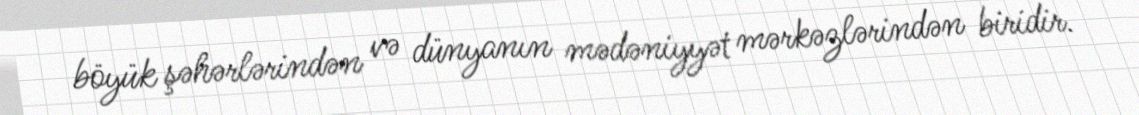
böyük şəhərlərindən və dünyanın mədəniyyət mərkəzlərindən biridir.